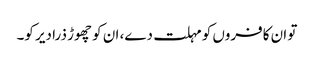
تو ان کافروں کو مہلت دے، ان کو چھوڑ ذرا دیر کو۔